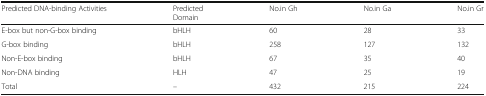
| Predicted DNA-binding Activities | PredictedDomain | No.in Gh | No.in Ga | No.in Gr |
 | --- | --- | --- | --- | --- |
 | E-box but non-G-box binding | bHLH | 60 | 28 | 33 |
 | G-box binding | bHLH | 258 | 127 | 132 |
 | Non-E-box binding | bHLH | 67 | 35 | 40 |
 | Non-DNA binding | HLH | 47 | 25 | 19 |
 | Total | – | 432 | 215 | 224 |